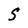
Character: S